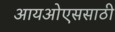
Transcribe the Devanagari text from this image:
आयओएससाठी